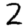
Digit: 2